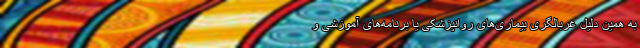
به همین دلیل غربالگری بیماری‌های روانپزشکی یا برنامه‌های آموزشی و